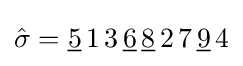
{\hat {\sigma }}={\underline {5}}\,1\,3\,{\underline {6}}\,{\underline {8}}\,2\,7\,{\underline {9}}\,4